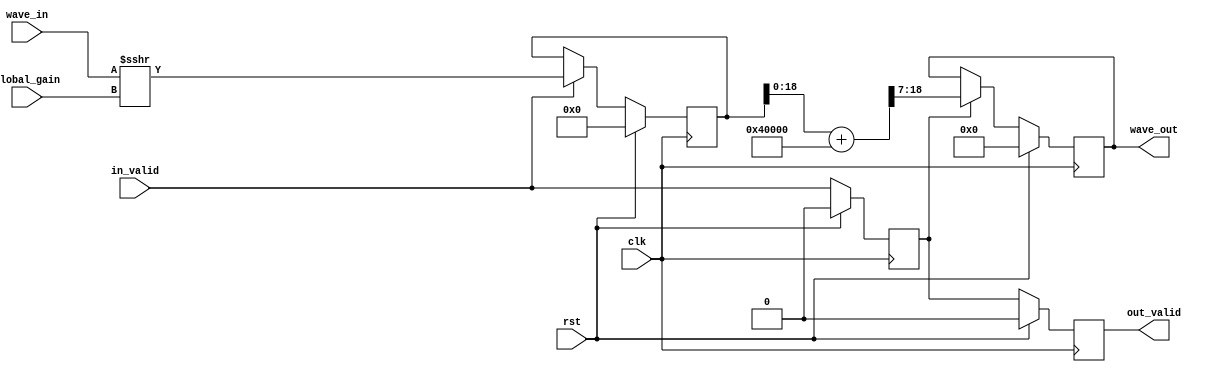
module gain_and_truncate (
    input clk,
    input rst,
    input in_valid,
    input [4:0] global_gain,
    input [20:0] wave_in,
    output reg [11:0] wave_out,
    output reg out_valid
);

    reg [20:0] wave_int;
    reg int_valid;
    wire [20:0] wave_c;

    assign wave_c = wave_int + 21'd262144;
    
    always @ (posedge clk) begin
        if (rst) begin
            int_valid <= 1'b0;
            wave_int <= 21'b0;
        end else begin
            int_valid <= in_valid;
            if (in_valid)
                wave_int <= $signed(wave_in) >>> global_gain;
        end
    end

    always @ (posedge clk) begin
        if (rst) begin
            out_valid <= 1'b0;
            wave_out <= 12'b0;
        end else begin
            out_valid <= int_valid;
            if (int_valid)
                wave_out <= wave_c[18:7];
        end
    end

endmodule